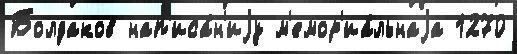
Болдаков нап'иса́н'иjу м'емор'иа́льнаjа 1270